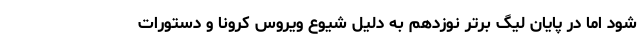
شود اما در پایان لیگ برتر نوزدهم به دلیل شیوع ویروس کرونا و دستورات